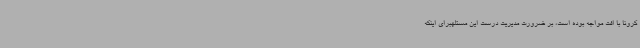
کرونا با افت مواجه بوده است، بر ضرورت مدیریت درست این مسئلهبرای اینکه